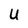
Character: U